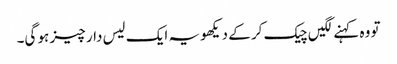
تو وہ کہنے لگیں چیک کر کے دیکھو یہ ایک لیس دار چیز ہو گی۔